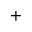
_ +